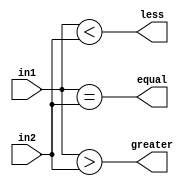
module comparator_64bit(
    input [63:0] in1,
    input [63:0] in2,
    output equal,
    output greater,
    output less
);

assign equal = (in1 == in2);
assign greater = (in1 > in2);
assign less = (in1 < in2);

endmodule